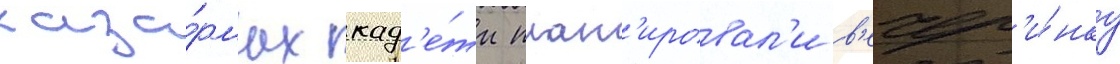
каза́рмах кад'е́ты план'ировал'и в'ечер'и́нку